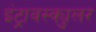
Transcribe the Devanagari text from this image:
इंट्रावस्क्युलर